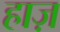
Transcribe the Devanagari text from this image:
हाज़